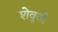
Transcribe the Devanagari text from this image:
शेवुजी